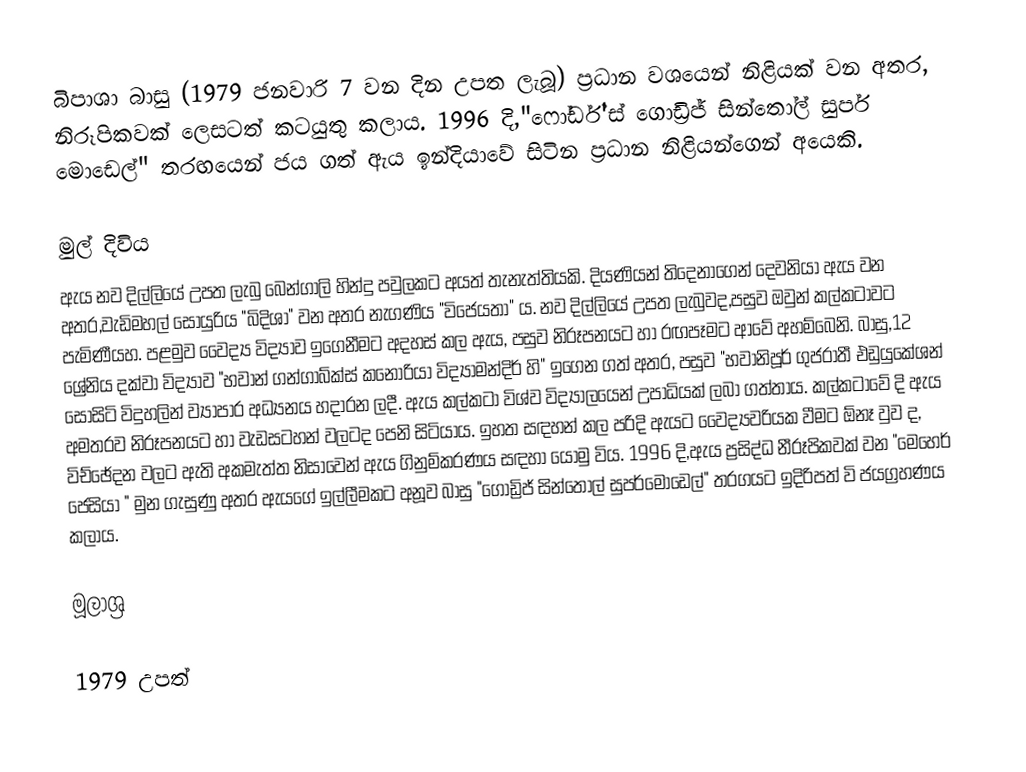
බිපාශා බාසු (1979 ජනවාරි 7 වන දින උපත ලැබූ) ප්‍රධාන වශයෙන් නිළියක් වන අතර, නිරූපිකවක් ලෙසටත් කටයුතු කලාය. 1996 දි,"ෆෝර්ඩ්'ස් ගොඩ්‍රිජ් සින්තෝල් සුපර් මොඩෙල්" තරඟයෙන් ජය ගත් ඇය ඉන්දියාවේ සිටින ප්‍රධාන නිළියන්ගෙන් අයෙකි.

මුල් දිවිය
ඇය නව දිල්ලියේ උපත ලැබු බෙන්ගාලි හින්දු පවුලකට අයත් තැනැත්තියකි. දියණියන් තිදෙනාගෙන් දෙවනියා ඇය වන අතර,වැඩිමහල් සොයුරිය "බිදිශා" වන අතර නැගණිය "විජෙයතා" ය. නව දිල්ලියේ උපත ලැබුවද,පසුව ඔවුන් කල්කටාවට පැමිණීයහ. පළමුව වෛද්‍ය විද්‍යාව ඉගෙනීමට අදහස් කල ඇය, පසුව නිරූපනයට හා රඟපෑමට ආවේ අහම්බෙනි. බාසු,12 ශ්‍රේනිය දක්වා විද්‍යාව "භවාන් ගන්ගාබ්ක්ස් කනෝරියා විද්‍යාමන්දිර් හි" ඉගෙන ගත් අතර, පසුව "භවානිපූර් ගුජරාතී එඩුයුකේශන් සොසිටි විදුහලින් ව්‍යාපාර අධ්‍යනය හදාරන ලදී. ඇය කල්කටා විශ්ව විද්‍යාලයෙන් උපාධියක් ලබා ගත්තාය. කල්කටාවේ දි ඇය අමතරව නිරූපනයට හා වැඩසටහන් වලටද පෙනි සිටියාය. ඉහත සඳහන් කල පරිදි ඇයට වෛද්‍යවරියක වීමට ඕනෑ වුව ද, විච්ඡේදන වලට ඇති අකමැත්ත නිසාවෙන් ඇය ගිනුම්කරණය සඳහා යොමු විය.  1996 දි,ඇය ප්‍රසිද්ධ නීරූපිකවක් වන "මෙහෙර් ජෙසියා " මුන ගැසුණු අතර ඇයගේ ඉල්ලීමකට අනූව බාසු "ගොඩ්‍රිජ් සින්තෝල් සුපර්මොඩෙල්" තරගයට ඉදිරිපත් වි ජයග්‍රහණය කලාය.

මූලාශ්‍ර

1979 උපත්